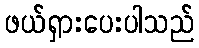
ဖယ်ရှားပေးပါသည်